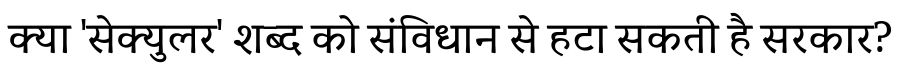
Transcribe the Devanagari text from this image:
क्या 'सेक्युलर' शब्द को संविधान से हटा सकती है सरकार?